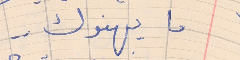
ما يهنوك . .